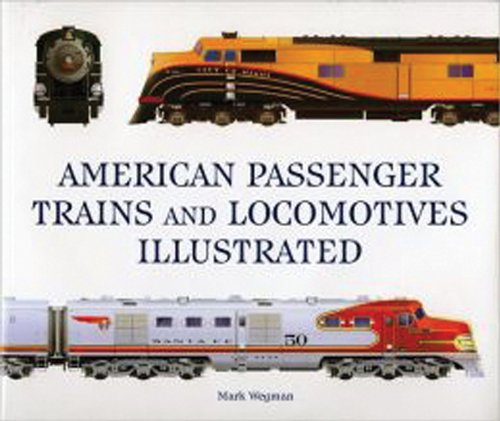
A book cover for American Passenger Trains and Locomotives Illustrated; Mark Wegman; Engineering & Transportation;